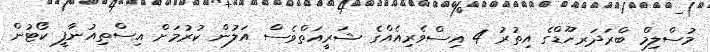
މުސްލިމް ބްރަދަރހޫޑްގެ އިތުރު 4 އިސްވެރިއެއްގެ ޝަރީއަތްވެސް އަލުން ކުރުމަށް އިސްތިއުނާފީ ކޯޓުން